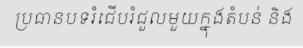
ប្រធានបទរំជើបរំជួលមួយក្នុងតំបន់ និង